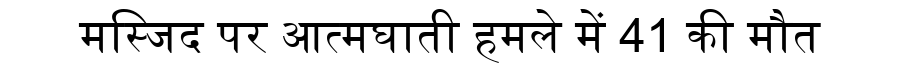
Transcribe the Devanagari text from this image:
मस्जिद पर आत्मघाती हमले में 41 की मौत